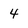
Character: 4